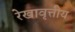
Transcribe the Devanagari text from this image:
रेखावृत्तीय